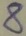
Text: 8